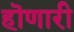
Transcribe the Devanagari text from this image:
हॊणारी